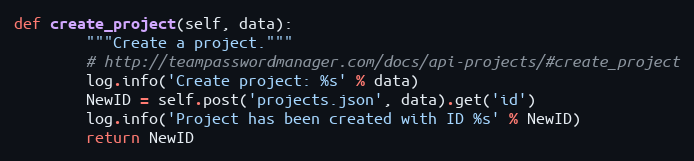
Language: Python
def create_project(self, data):
        """Create a project."""
        # http://teampasswordmanager.com/docs/api-projects/#create_project
        log.info('Create project: %s' % data)
        NewID = self.post('projects.json', data).get('id')
        log.info('Project has been created with ID %s' % NewID)
        return NewID